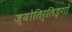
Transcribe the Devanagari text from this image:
ज्योतिर्लिङ्गों